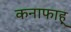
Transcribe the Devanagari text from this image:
कनाफाह्